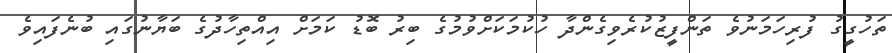
ތަހުގީގު ފުރިހަމަނުވެ ތަންފީޒުކުރެވިގެންދާ ހުކުމަކަށްވުމުގެ ބިރު ބޮޑު ކަމަށް އިއްތިހާދުގެ ބަޔާނުގައި ބުނެފައިވެ